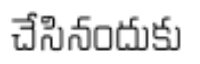
చేసినందుకు